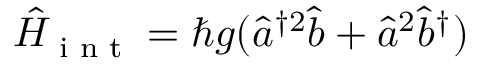
\hat { H } _ { \textrm { i n t } } = \hbar g ( \hat { a } ^ { \dagger 2 } \hat { b } + \hat { a } ^ { 2 } \hat { b } ^ { \dagger } )